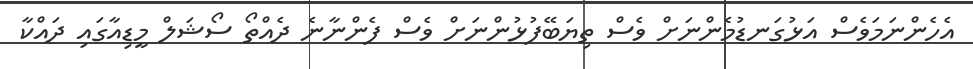
އެހެންނަމަވެސް އަޅުގަނޑުމެންނަށް ވެސް ތިޔަބޭފުޅުންނަށް ވެސް ފެންނާނެ ދެއްތޯ ސޯޝަލް މީޑިއާގައި ދައްކާ